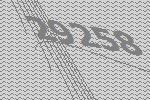
29258